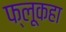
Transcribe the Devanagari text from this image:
फ्लूकहा